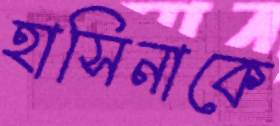
হাসিনাকে